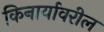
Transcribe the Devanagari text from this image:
किनार्यावरील